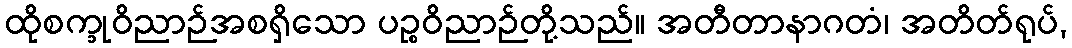
ထိုစက္ခုဝိညာဉ်အစရှိသော ပဉ္စဝိညာဉ်တို့သည်။ အတီတာနာဂတံ၊ အတိတ်ရုပ်,